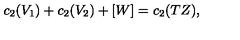
c _ { 2 } ( V _ { 1 } ) + c _ { 2 } ( V _ { 2 } ) + [ W ] = c _ { 2 } ( T Z ) ,